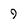
Character: 9